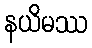
နယိမဿ